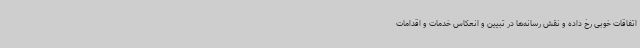
اتفاقات خوبی رخ داده و نقش رسانه‌ها در تبیین و انعکاس خدمات و اقدامات